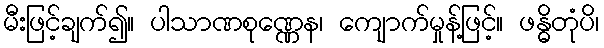
မီးဖြင့်ချက်၍။ ပါသာဏစုဏ္ဏေန၊ ကျောက်မှုန့်ဖြင့်။ ဖန္ဓိတုံပိ၊